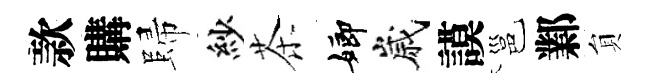
款購歸紗茶嫏嵗謨邕鄴貟